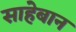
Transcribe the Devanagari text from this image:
साहेबान